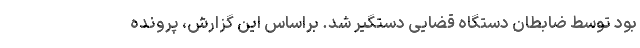
بود توسط ضابطان دستگاه قضایی دستگیر شد. براساس این گزارش، پرونده